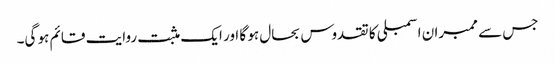
جس سے ممبران اسمبلی کا تقدوس بحال ہو گا اور ایک مثبت روایت قائم ہو گی۔